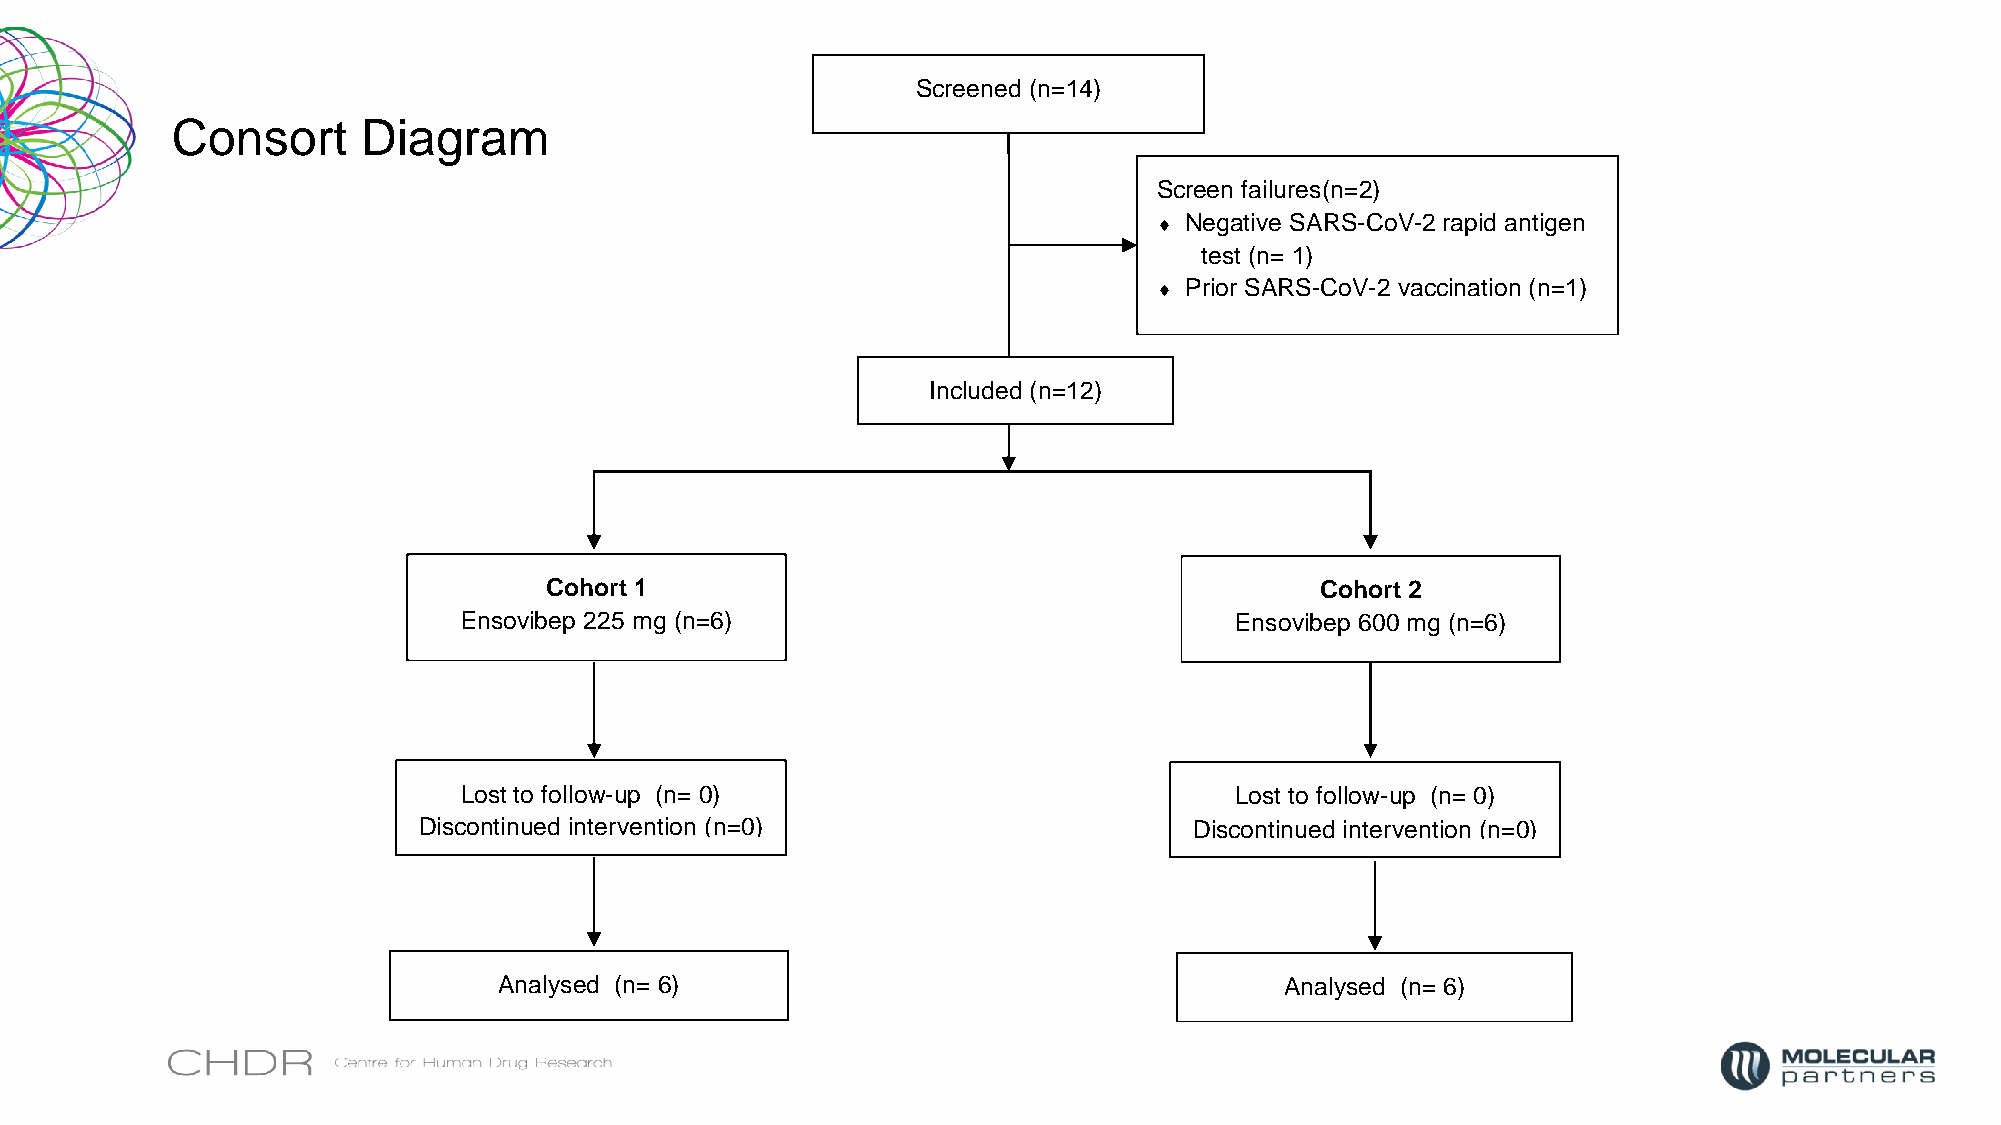
Screened (n=14)
 Consort      Diagram
 Screen failures(n=2)
  Negative SARS-CoV-2 rapid antigen
 test (n= 1)
  Prior SARS-CoV-2 vaccination (n=1)
 Included (n=12)
 Cohort 1                                           Cohort 2
 Ensovibep 225 mg (n=6)                             Ensovibep 600 mg (n=6)
 Lost to follow-up (n= 0)                            Lost to follow-up (n= 0)
 Discontinued intervention (n=0)                    Discontinued intervention (n=0)
 Analysed (n= 6)                                     Analysed (n= 6)